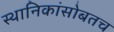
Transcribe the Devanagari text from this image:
स्थानिकांसोबतच